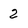
Character: 2